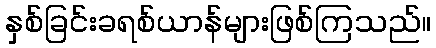
နှစ်ခြင်းခရစ်ယာန်များဖြစ်ကြသည်။